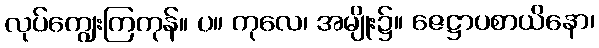
လုပ်ကျွေးကြကုန်။ ပ။ ကုလေ၊ အမျိုး၌။ ဇေဋ္ဌာပစာယိနော၊